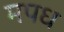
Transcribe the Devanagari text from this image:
मपध